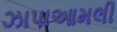
ઝાપાઆમલી